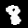
Digit: 8